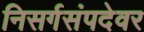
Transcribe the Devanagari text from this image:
निसर्गसंपदेवर